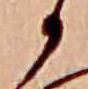
か